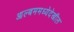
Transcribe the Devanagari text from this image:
आल्बममध्येदेखील